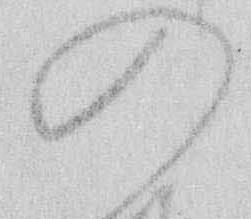
の